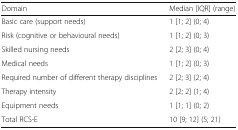
<table><thead><tr><td><b>Domain</b></td><td><b>Median [IQR] (range)</b></td></tr></thead><tbody><tr><td>Basic care (support needs)</td><td>1 [1; 2] (0; 4)</td></tr><tr><td>Risk (cognitive or behavioural needs)</td><td>1 [1; 2] (0; 3)</td></tr><tr><td>Skilled nursing needs</td><td>2 [2; 3] (0; 4)</td></tr><tr><td>Medical needs</td><td>1 [1; 2] (0; 3)</td></tr><tr><td>Required number of different therapy disciplines</td><td>2 [2; 3] (2; 4)</td></tr><tr><td>Therapy intensity</td><td>2 [2; 2] (1; 4)</td></tr><tr><td>Equipment needs</td><td>1 [1; 1] (0; 2)</td></tr><tr><td>Total RCS-E</td><td>10 [9; 12] (5; 21)</td></tr></tbody></table>